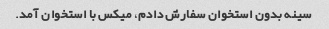
سینه بدون استخوان سفارش دادم، میکس با استخوان آمد.